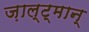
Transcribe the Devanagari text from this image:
ज़ाल्ट्मान्